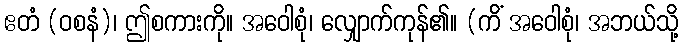
ဧတံ (ဝစနံ)၊ ဤစကားကို။ အဝေါစုံ၊ လျှောက်ကုန်၏။ (ကိံ အဝေါစုံ၊ အဘယ်သို့